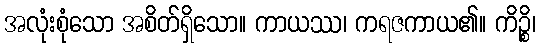
အလုံးစုံသော အစိတ်ရှိသော။ ကာယဿ၊ ကရဇကာယ၏။ ကိဉ္စိ၊